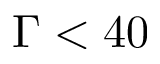
\Gamma < 4 0